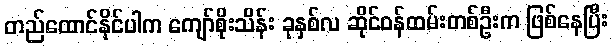
တည်ထောင်နိုင်ပါက ကျော်စိုးသိန်း ခုနှစ်လ ဆိုင်ဝန်ထမ်းတစ်ဦးက ဖြစ်နေပြီး